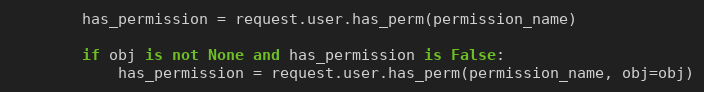
Language: Python
        has_permission = request.user.has_perm(permission_name)

        if obj is not None and has_permission is False:
            has_permission = request.user.has_perm(permission_name, obj=obj)